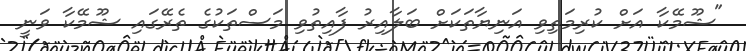
"ޝޫމޭކާ އަށް ކުރިމަތިވި އަނިޔާތަކަށް ބަލާއިރު ފާއިތުވި މަސްތަކުގެ ތެރޭގައި ޝޫމޭކާ ވަނީ